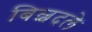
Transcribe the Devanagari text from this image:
बिल्वदले